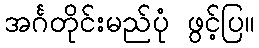
အင်္ဂတိုင်းမည်ပုံ ဖွင့်ပြ။